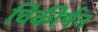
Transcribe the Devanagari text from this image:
चिकीर्षन